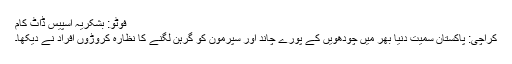
فوٹو: بشکریہ اسپیس ڈاٹ کام
کراچی: پاکستان سمیت دنیا بھر میں چودھویں کے پورے چاند اور سپرمون کو گرہن لگنے کا نظارہ کروڑوں افراد نے دیکھا۔